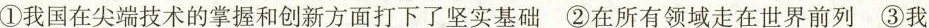
①我国在尖端技术的掌握和创新方面打下了坚实基础②在所有领域走在世界前列③我